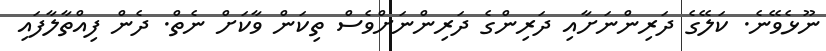
ނޫޅެވޭނެ. ކަލޭގެ ދަރިންނަށާއި ދަރިންގެ ދަރިންނަށްވެސް ތިކަން ވާކަށް ނެތް. ދެން ފިއްތާލާފައި